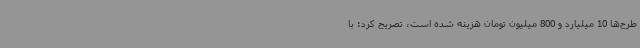
طرح‌ها 10 میلیارد و 800 میلیون تومان هزینه شده است، تصریح کرد: با